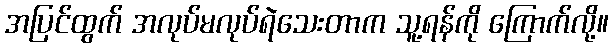
အပြင်ထွက် အလုပ်မလုပ်ရဲသေးတာက သူ့ရန်ကို ကြောက်လို့။